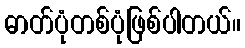
ဓာတ်ပုံတစ်ပုံဖြစ်ပါတယ်။